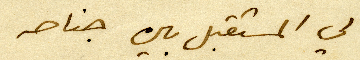
لي المستقبل بين جناحه